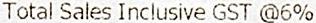
TOTAL SALES INCLUSIVE GST @6%